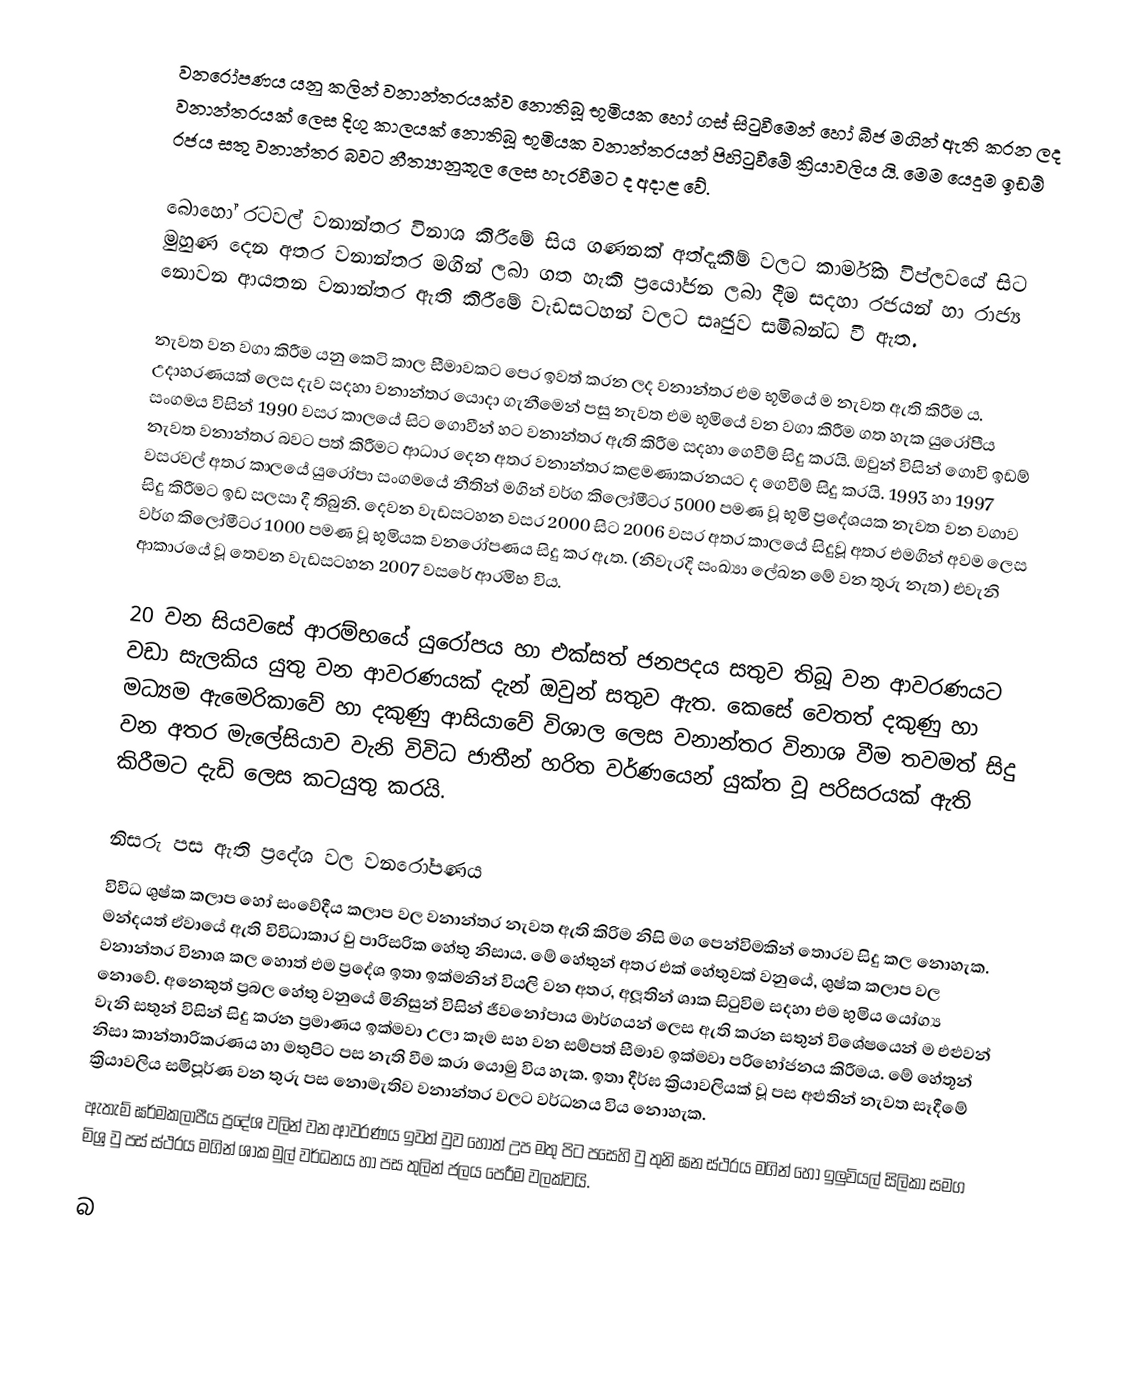
වනරෝපණය යනු කලින් වනාන්තරයක්ව නොතිබූ භූමියක හෝ ගස් සිටුවීමෙන් හෝ බීජ මගින් ඇති කරන ලද වනාන්තරයක් ලෙස දිගු කාලයක් නොතිබූ භූමියක වනාන්තරයන් පිහිටුවීමේ ක්‍රියාවලිය යි. මෙම යෙදුම ඉඩම් රජය සතු වනාන්තර බවට නීත්‍යානුකූල ලෙස හැරවීමට ද අදාළ වේ.

බොහෝ රටවල් වනාන්තර විනාශ කිරීමේ සිය ගණනක් අත්දැකීම් වලට කාර්මික විප්ලවයේ සිට මුහුණ දෙන අතර වනාන්තර මගින් ලබා ගත හැකි ප්‍රයෝජන ලබා දීම සදහා රජයන් හා රාජ්‍ය නොවන ආයතන වනාන්තර ඇති කිරීමේ වැඩසටහන් වලට සෘජුව සමිබන්ධ වී ඇත.

නැවත වන වගා කිරීම යනු කෙටි කාල සීමාවකට පෙර ඉවත් කරන ලද වනාන්තර එම භූමියේ ම නැවත ඇති කිරීම ය. උදාහරණයක් ලෙස දැව සදහා වනාන්තර යොදා ගැනීමෙන් පසු නැවත එම භූමියේ වන වගා කිරීම ගත හැක යුරෝපීය සංගමය විසින් 1990 වසර කාලයේ සිට ගොවීන් හට වනාන්තර ඇති කිරීම සදහා ගෙවීම් සිදු කරයි. ඔවුන් විසින් ගොවි ඉඩම් නැවත වනාන්තර බවට පත් කිරීමට ආධාර දෙන අතර වනාන්තර කළමණාකරනයට ද ගෙවීම් සිදු කරයි. 1993 හා 1997 වසරවල් අතර කාලයේ යුරෝපා සංගමයේ නීතින් මගින් වර්ග කිලෝමීටර 5000 පමණ වූ භූමි ප්‍රදේශයක නැවත වන වගාව සිදු කිරීමට ඉඩ සලසා දී තිබුනි. දෙවන වැඩසටහන වසර 2000 සිට 2006 වසර අතර කාලයේ සිදුවූ අතර එමගින් අවම ලෙස වර්ග කිලෝමීටර 1000 පමණ වූ භූමියක වනරෝපණය සිදු කර ඇත. (නිවැරදි සංඛ්‍යා ලේඛන මේ වන තුරු නැත)  එවැනි ආකාරයේ වූ තෙවන වැඩසටහන 2007 වසරේ ආරමිභ විය.

20 වන සියවසේ ආරම්භයේ යුරෝපය හා එක්සත් ජනපදය සතුව තිබූ වන ආවරණයට වඩා සැලකිය යුතු වන ආවරණයක් දැන් ඔවුන් සතුව ඇත. කෙසේ වෙතත් දකුණු හා මධ්‍යම ඇමෙරිකාවේ හා දකුණු ආසියාවේ විශාල ලෙස වනාන්තර විනාශ වීම තවමත් සිදු වන අතර මැලේසියාව වැනි විවිධ ජාතීන් හරිත වර්ණයෙන් යුක්ත වූ පරිසරයක් ඇති කිරීමට දැඩි ලෙස කටයුතු කරයි.

නිසරු පස ඇති ප්‍රදේශ වල වනරෝපණය
විවිධ ශුෂ්ක කලාප හෝ සංවේදීය කලාප වල වනාන්තර නැවත ඇති කිරිම නිසි මග පෙන්විමකින් තොරව සිදු කල නොහැක. මන්දයත් ඒවායේ ඇති විවිධාකාර වු පාරිසරික හේතු නිසාය. මේ හේතුන් අතර එක් හේතුවක් වනුයේ, ශුෂ්ක කලාප වල වනාන්තර විනාශ කල හොත් එම ප්‍රදේශ ඉතා ඉක්මනින් වියලි වන අතර, අලූතින් ශාක සිටුවිම සදහා එම භුමිය යෝග්‍ය නොවේ. අනෙකුත් ප්‍රබල හේතු වනුයේ මිනිසුන් විසින් ජීවනෝපාය මාර්ගයන් ලෙස ඇති කරන සතුන් විශේෂයෙන් ම එළුවන් වැනි සතුන් විසින් සිදු කරන ප්‍රමාණය ඉක්මවා උලා කෑම සහ වන සම්පත් සීමාව ඉක්මවා පරිභෝජනය කිරීමය. මේ හේතූන් නිසා කාන්තාරිකරණය හා මතුපිට පස නැති වීම කරා යොමු විය හැක. ඉතා දීර්ඝ ක්‍රියාවලියක් වූ පස අළුතින් නැවත සෑදීමේ ක්‍රියාවලිය සමිපූර්ණ වන තුරු පස නොමැතිව වනාන්තර වලට වර්ධනය විය නොහැක.
ඇතැම් ඝර්මකලාපීය ප්‍රදේශ වලින් වන ආවරණය ඉවත් වුව හොත් උප මතු පිට පසෙහි වු තුනි ඝන ස්ථරය මගින් හෝ ඉලුවියල් සිලිකා සමග මිශ්‍ර වු පස් ස්ථරය මගින් ශාක මුල් වර්ධනය හා පස තුලින් ජලය පෙරීම වලක්වයි.

බ